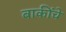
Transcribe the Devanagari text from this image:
बाकींचे